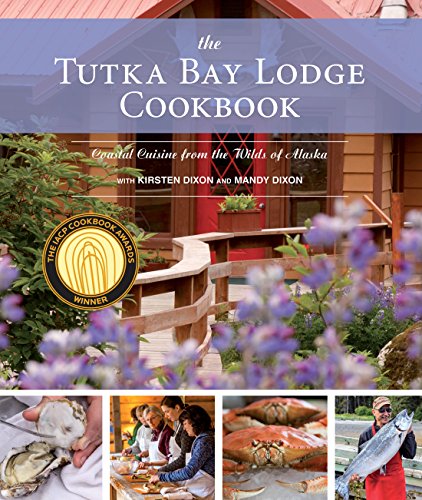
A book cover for The Tutka Bay Lodge Cookbook: Coastal Cuisine from the Wilds of Alaska; Kirsten Dixon; Cookbooks, Food & Wine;